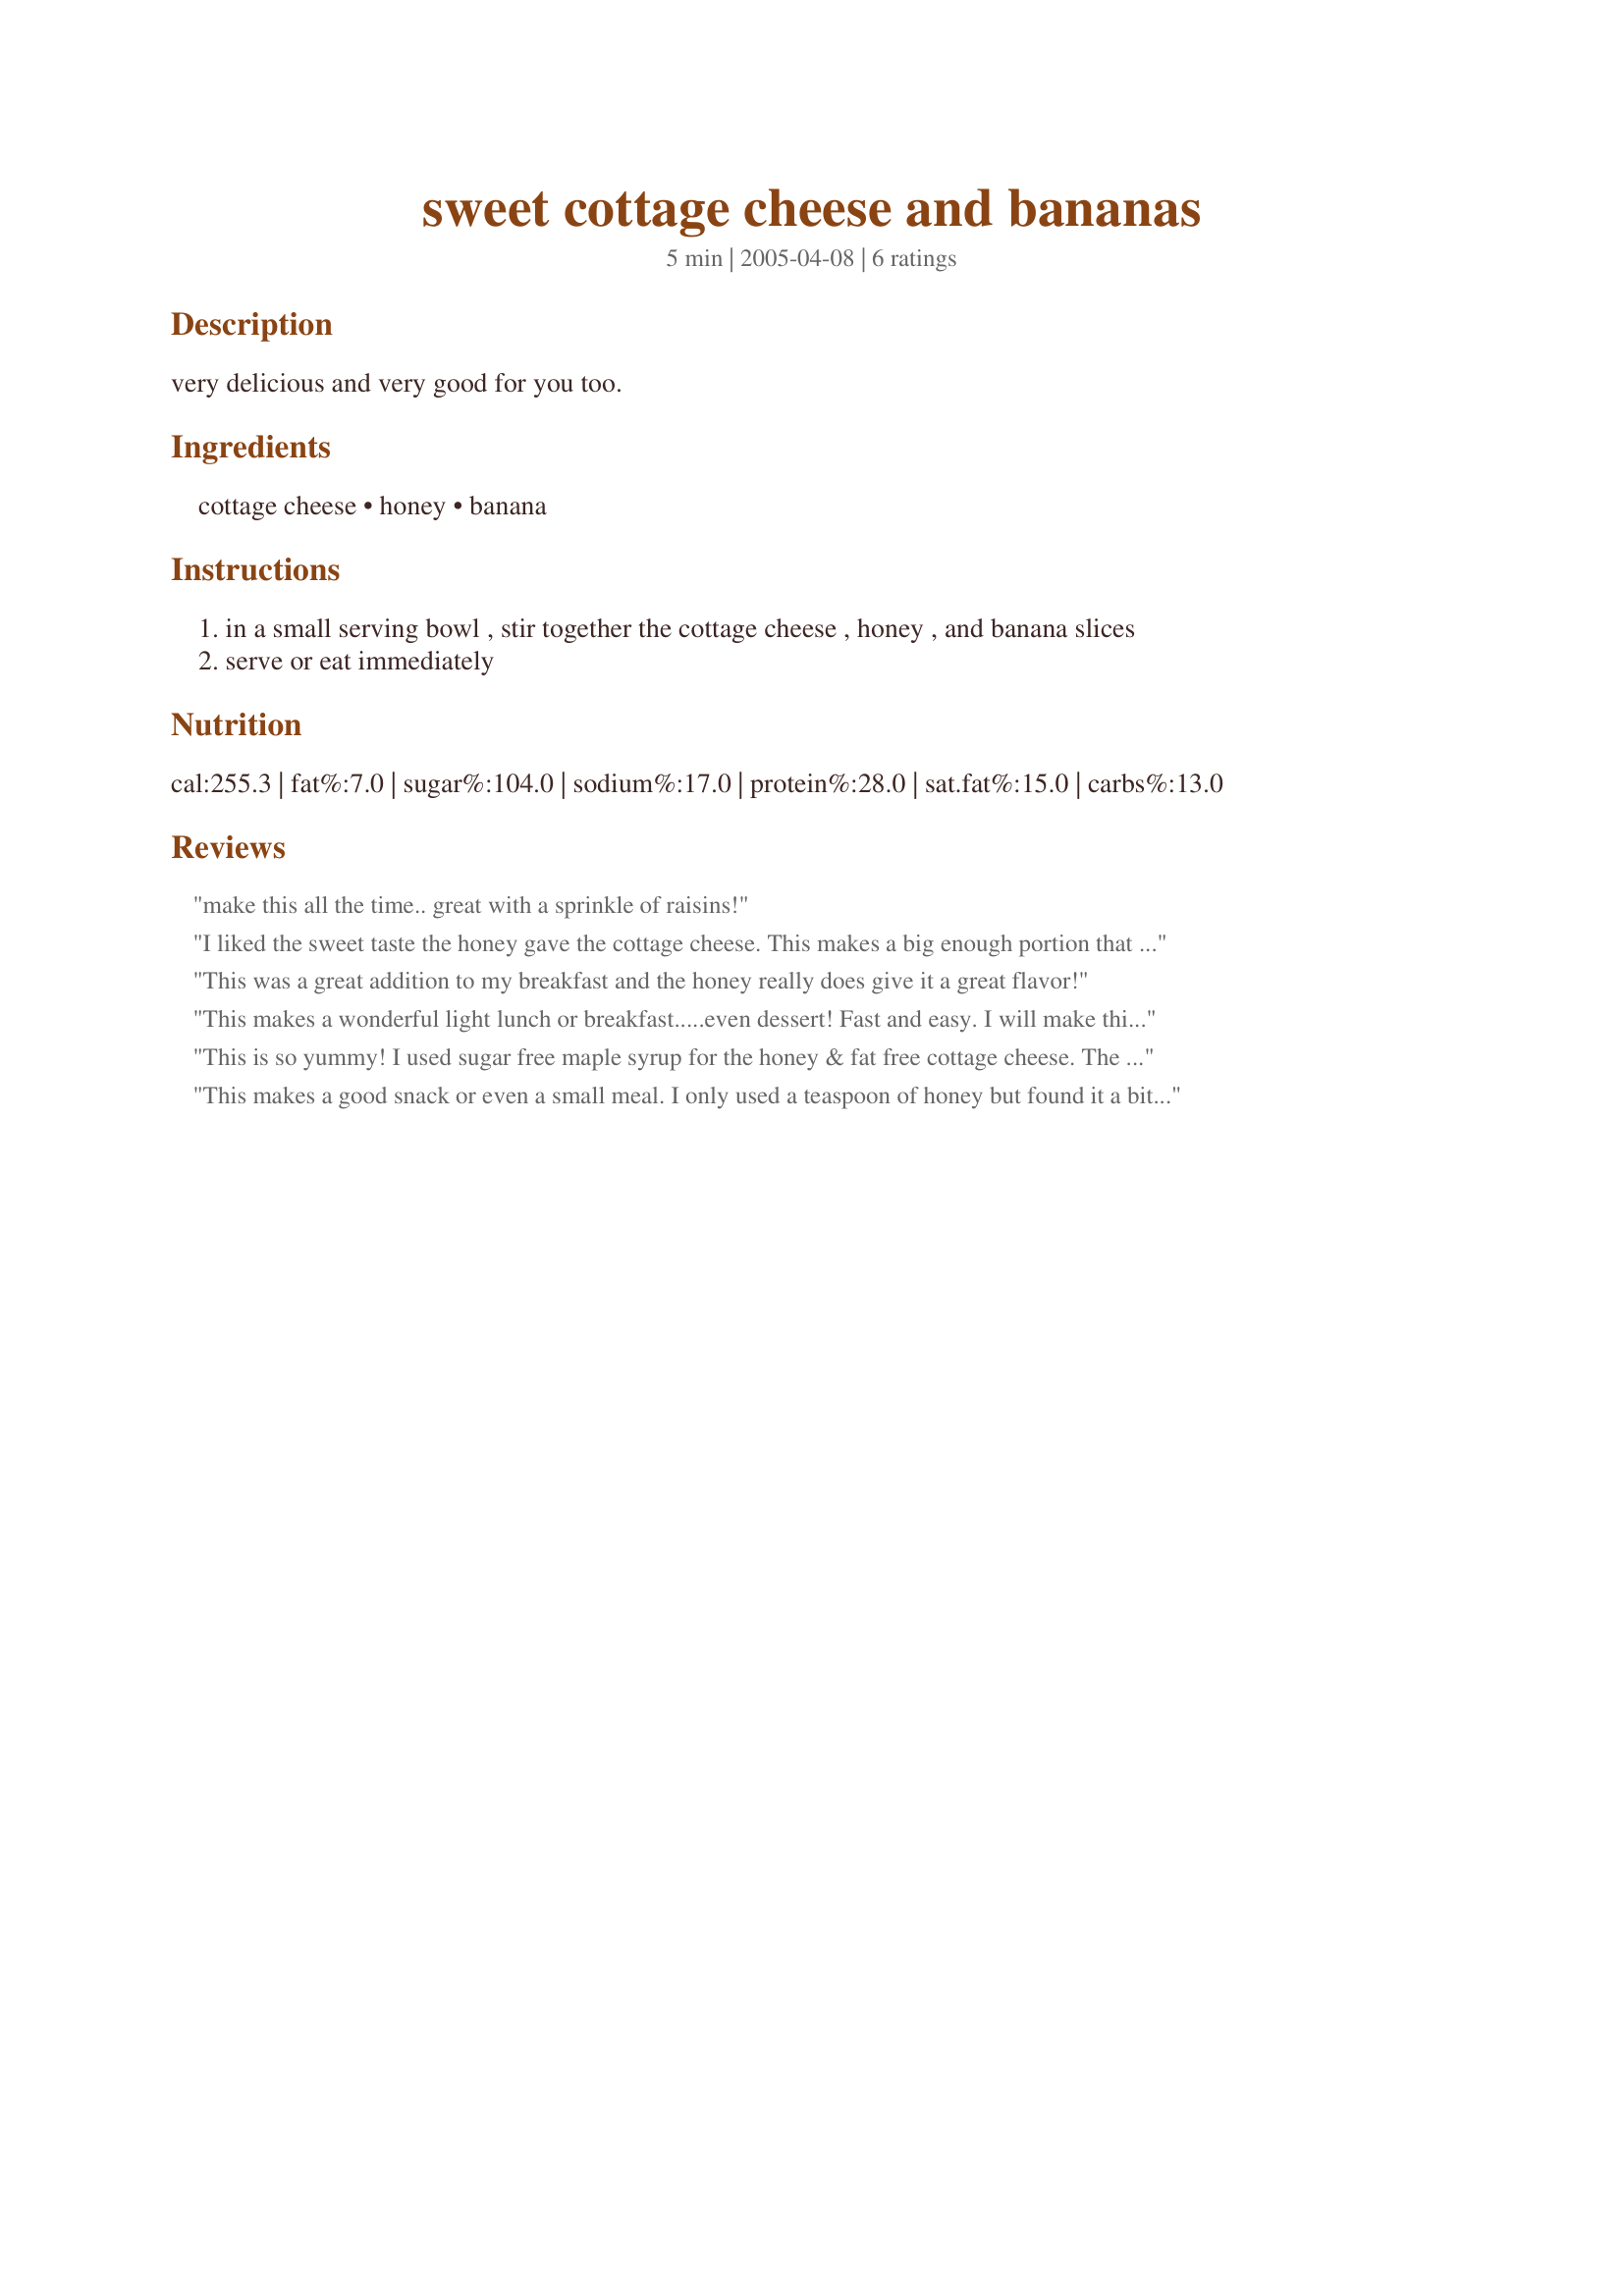
sweet cottage cheese and bananas
Preparation time: 5 minutes

very delicious and very good for you too.

Ingredients:
cottage cheese, honey, banana

Steps:
in a small serving bowl , stir together the cottage cheese , honey , and banana slices
serve or eat immediately

Reviews:
make this all the time.. great with a sprinkle of raisins!
I liked the sweet taste the honey gave the cottage cheese. This makes a big enough portion that you could serve this to two people. You have to give a few extra stirs to blend in the honey so wait to add the banana. I think next time I will drain the cottage cheese so there is not so much liquid.
This was a great addition to my breakfast and the honey really does give it a great flavor!
This makes a wonderful light lunch or breakfast.....even dessert!
Fast and easy. I will make this many times!
This is so yummy! I used sugar free maple syrup for the honey & fat free cottage cheese. The banana just sends it over the top! Thanks for sharing such a simple, healthy & lovely snack.
This makes a good snack or even a small meal. I only used a teaspoon of honey but found it a bit too sweet, so I added a tablespoon of milk. This was great for my sweet tooth! Thanks for sharing!
